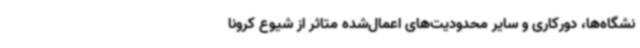
نشگاه‌ها، دورکاری و سایر محدودیت‌های اعمال‌شده متاثر از شیوع کرونا